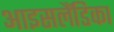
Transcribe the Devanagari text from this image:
आइसलैंडिका